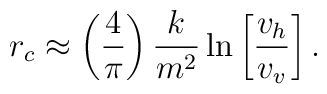
r_c \approx \left(\frac{4}{\pi}\right) \frac{k}{m^2}\ln\left[\frac{v_h}{v_v}\right].